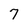
Character: 7